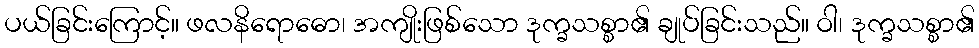
ပယ်ခြင်းကြောင့်။ ဖလနိရောဓော၊ အကျိုးဖြစ်သော ဒုက္ခသစ္စာ၏ ချုပ်ခြင်းသည်။ ဝါ၊ ဒုက္ခသစ္စာ၏